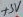
Text: +5V